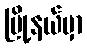
မြို့နယ်မှာ